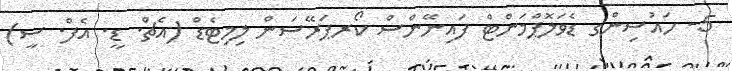
5- ހައުސިންގ ޑެވަލޮޕްމަންޓް ފައިނޭންސް ކޯރޕަރޭސަން ލިމިޓެޑް (އެޗް. ޑީ. އެފް. ސީ)